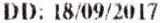
DD: 18/09/2017